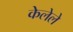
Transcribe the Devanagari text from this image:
केेलेले